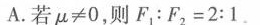
A.若$$μ ≠ 0$$，则$$F _ { 1 } : F _ { 2 } = 2 : 1$$